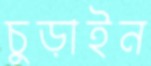
চুড়াইন